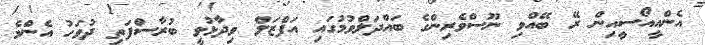
އެންއީއޯސީއިން ރޭ ބޭއްވި ނޫސްވެރިންގެ ބައްދަލްވުމުގައި އަފްޒަލް ވިދާޅުވީ ބުރާސްފަތި ދުވަހު އެންމެ